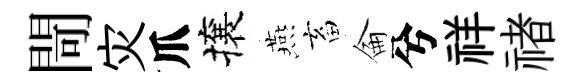
閜灾爪攘燕畜侖兮祥禇